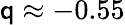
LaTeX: \mathsf{q}\approx-0.55